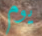
يوم